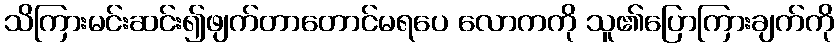
သိကြားမင်းဆင်း၍ဖျက်တာတောင်မရပေ လောကကို သူ၏ပြောကြားချက်ကို